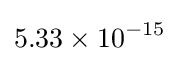
5.33\times 10^{-15}